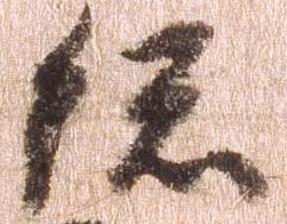
総